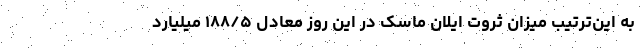
به این‌ترتیب میزان ثروت ایلان ماسک در این روز معادل ۱۸۸/۵ میلیارد